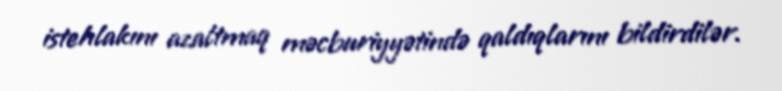
istehlakını azaltmaq məcburiyyətində qaldıqlarını bildirdilər.